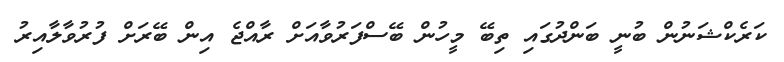
ކަރެކްޝަނުން ބުނީ ބަންދުގައި ތިބޭ މީހުން ބޭސްފަރުވާއަށް ރާއްޖެ އިން ބޭރަށް ފުރުވާލާއިރު